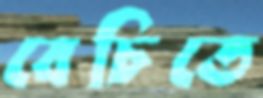
বেচিতে